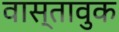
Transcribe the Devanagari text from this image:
वास्तावुक